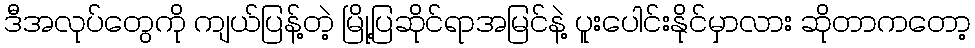
ဒီအလုပ်တွေကို ကျယ်ပြန့်တဲ့ မြို့ပြဆိုင်ရာအမြင်နဲ့ ပူးပေါင်းနိုင်မှာလား ဆိုတာကတော့